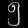
Digit: ၅